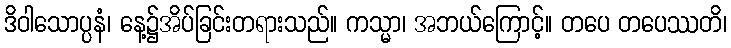
ဒိဝါသောပ္ပနံ၊ နေ့၌အိပ်ခြင်းတရားသည်။ ကသ္မာ၊ အဘယ်ကြောင့်။ တပေ တပေဿတိ၊